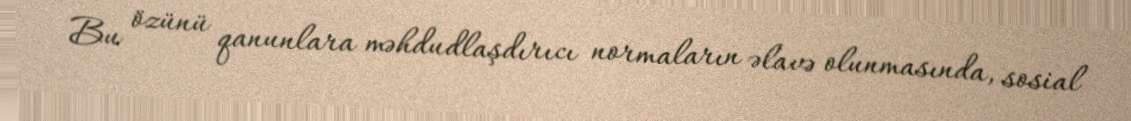
Bu özünü qanunlara məhdudlaşdırıcı normaların əlavə olunmasında, sosial